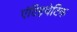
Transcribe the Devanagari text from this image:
एंटिइथेटिक